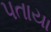
પતાયા